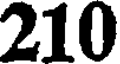
210